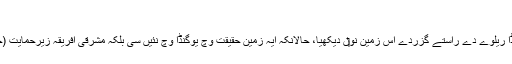
[4]
چیمبرلین نے یوگنڈا ریلوے دے راستے گزردے اس زمین نو‏‏ں دیکھیا، حالانکہ ایہ زمین حقیقت وچ یوگنڈا وچ نئيں سی بلکہ مشرقی افریقہ زیرحمایت (جدید کینیا) وچ سی۔